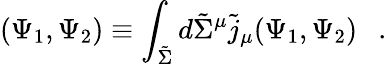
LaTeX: (\Psi_{1},\Psi_{2})\equiv\int_{\tilde{\Sigma}}d\tilde{\Sigma}^{\mu}\tilde{j}_{\mu}(\Psi_{1},\Psi_{2})~~~.